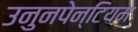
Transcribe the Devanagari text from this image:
उनुनपेन्टियम